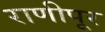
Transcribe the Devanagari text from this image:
राणीपूर